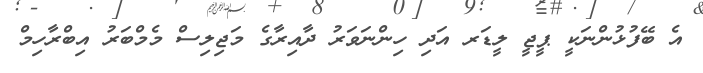
އެ ބޭފުޅުންނަކީ ޕީޖީ ލީޑަރ އަދި ހިންނަވަރު ދާއިރާގެ މަޖިލިސް މެމްބަރު އިބްރާހިމް